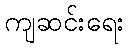
ကျဆင်းရေး